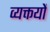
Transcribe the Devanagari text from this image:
व्यक्तयों